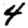
Digit: 4